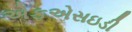
એફએસઇડી